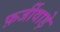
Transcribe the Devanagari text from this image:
फ़र्जीवाड़े